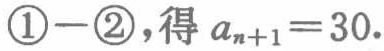
\textcircled{1}$-$\textcircled{2}，得 \(a_{n + 1} = 30\)。